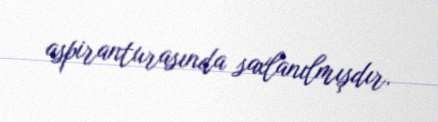
aspiranturasında saxlanılmışdır.